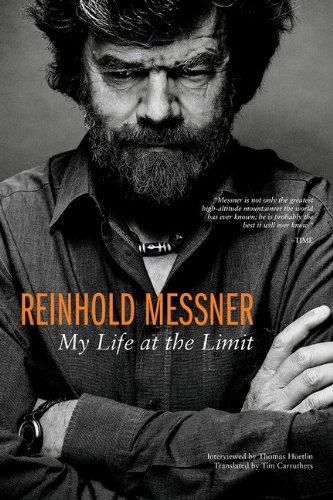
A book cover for Reinhold Messner: My Life at the Limit (Legends & Lore); Reinhold Messner; Sports & Outdoors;